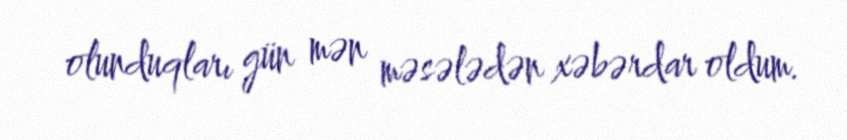
olunduqları gün mən məsələdən xəbərdar oldum.